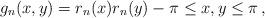
LaTeX: \begin{align*} g_n(x,y)=r_n(x)r_n(y)-\pi\le x,y\le\pi\,,\end{align*}